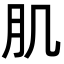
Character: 肌